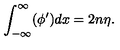
\int _ { - \infty } ^ { \infty } ( \phi ^ { \prime } ) d x = 2 n \eta .